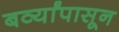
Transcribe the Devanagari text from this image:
बर्व्यांपासून